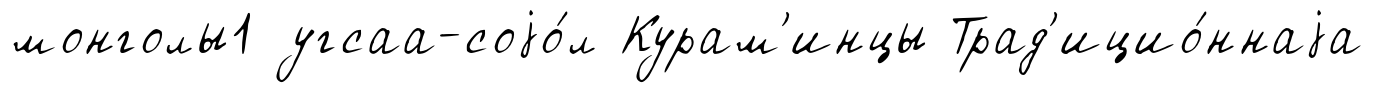
монголы1 угсаа-соjо́л Курам'инцы Трад'ицио́ннаjа